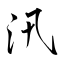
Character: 汛